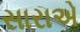
સારાએ